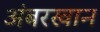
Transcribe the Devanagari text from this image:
अंबरखान